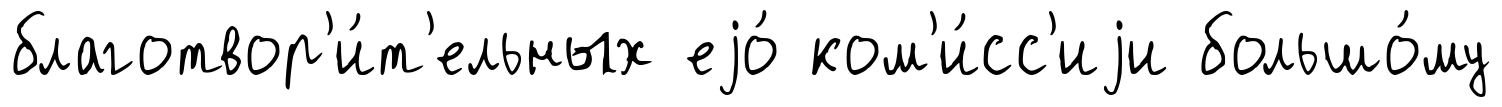
благотвор'и́т'ельных еjо́ ком'и́сс'иjи большо́му